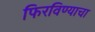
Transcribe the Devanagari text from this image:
फिरविण्याचा